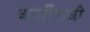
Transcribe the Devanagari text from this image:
कार्डीफची